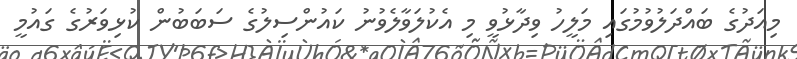
މިއަދުގެ ބައްދަލުވުމުގައި މަލީހު ވިދާޅުވީ މި އެކުލަވާލެވުނު ކައުންސިލުގެ ސަބަބުން ކުޅިވަރުގެ ގައުމީ